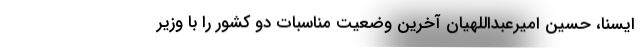
ایسنا، حسین امیرعبداللهیان آخرین وضعیت مناسبات دو کشور را با وزیر